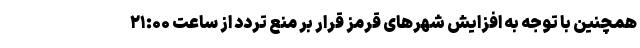
همچنین با توجه به افزایش شهرهای قرمز قرار بر منع تردد از ساعت ۲۱:۰۰